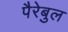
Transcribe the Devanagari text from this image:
पैरेबुल